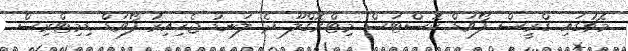
މެޗުގައި ގްރީސް ފޯވަޑް ކޮސްޓަސް މިޓްރޮގްލޫ ދެ ލަނޑު ޖެހިއިރު ފޯވަޑް ޑިމިޓްރިސް